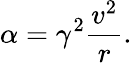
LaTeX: \alpha=\gamma^{2}{\frac{v^{2}}{r}}.